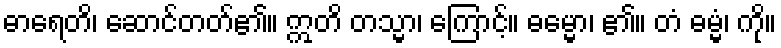
ဓာရေတိ၊ ဆောင်တတ်၏။ ဣတိ တသ္မာ၊ ကြောင့်။ ဓမ္မော၊ ၏။ တံ ဓမ္မံ၊ ကို။